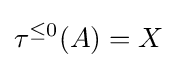
\tau ^{\leq 0}(A)=X